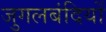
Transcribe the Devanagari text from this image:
जुगलबंदियों